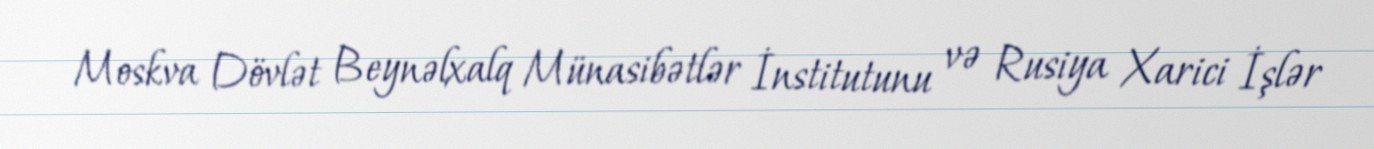
Moskva Dövlət Beynəlxalq Münasibətlər İnstitutunu və Rusiya Xarici İşlər